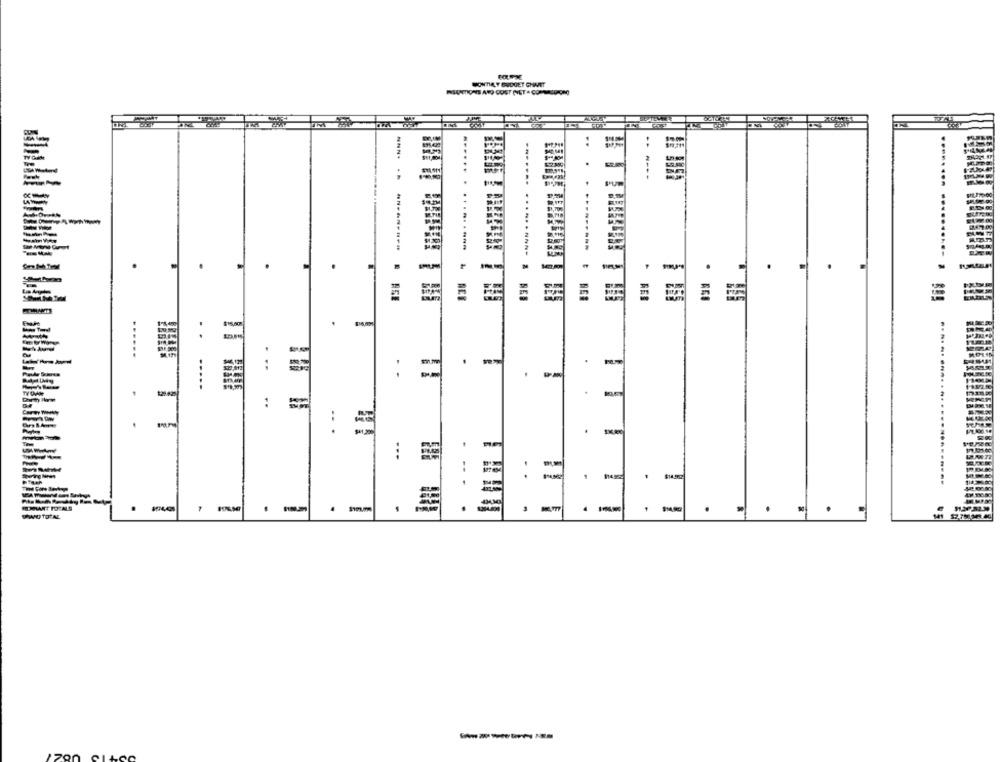
SONTIA Y BUDGET CHAMET
..
NNN* ** **-------
.-.---.
.
.
.
..
:
.
:
.
.. .
--
. .
=
-
. -
.
PAND TOTAL